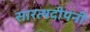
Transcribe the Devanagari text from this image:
सारत्थदीपनी